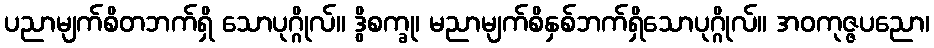
ပညာမျက်စိတဘက်ရှိ သောပုဂ္ဂိုလ်။ ဒွိစက္ခု၊ မညာမျက်စိနှစ်ဘက်ရှိသောပုဂ္ဂိုလ်။ အဝကုဇ္ဇပညော၊